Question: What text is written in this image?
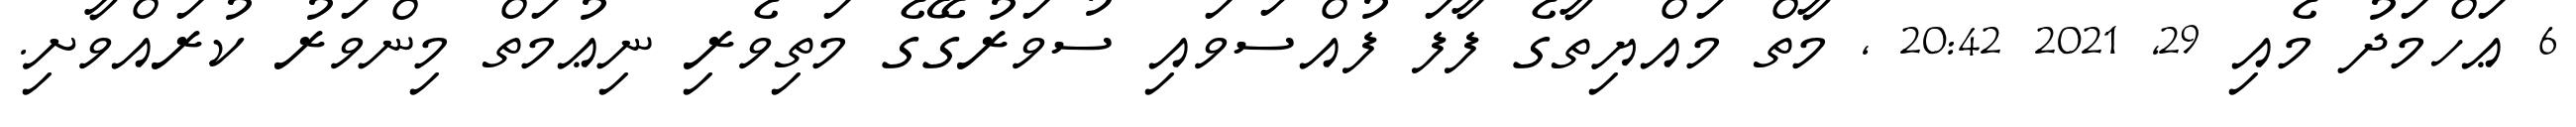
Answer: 6 ޢަހްމަދު މެއި 29, 2021 20:42 , މާތް މައްޔިތާގެ ފާފަ ފުއްސަވައި ސުވަރުގޭގެ މަތިވެރި ނިޢުމަތް މިންވަރު ކުރައްވާށި.